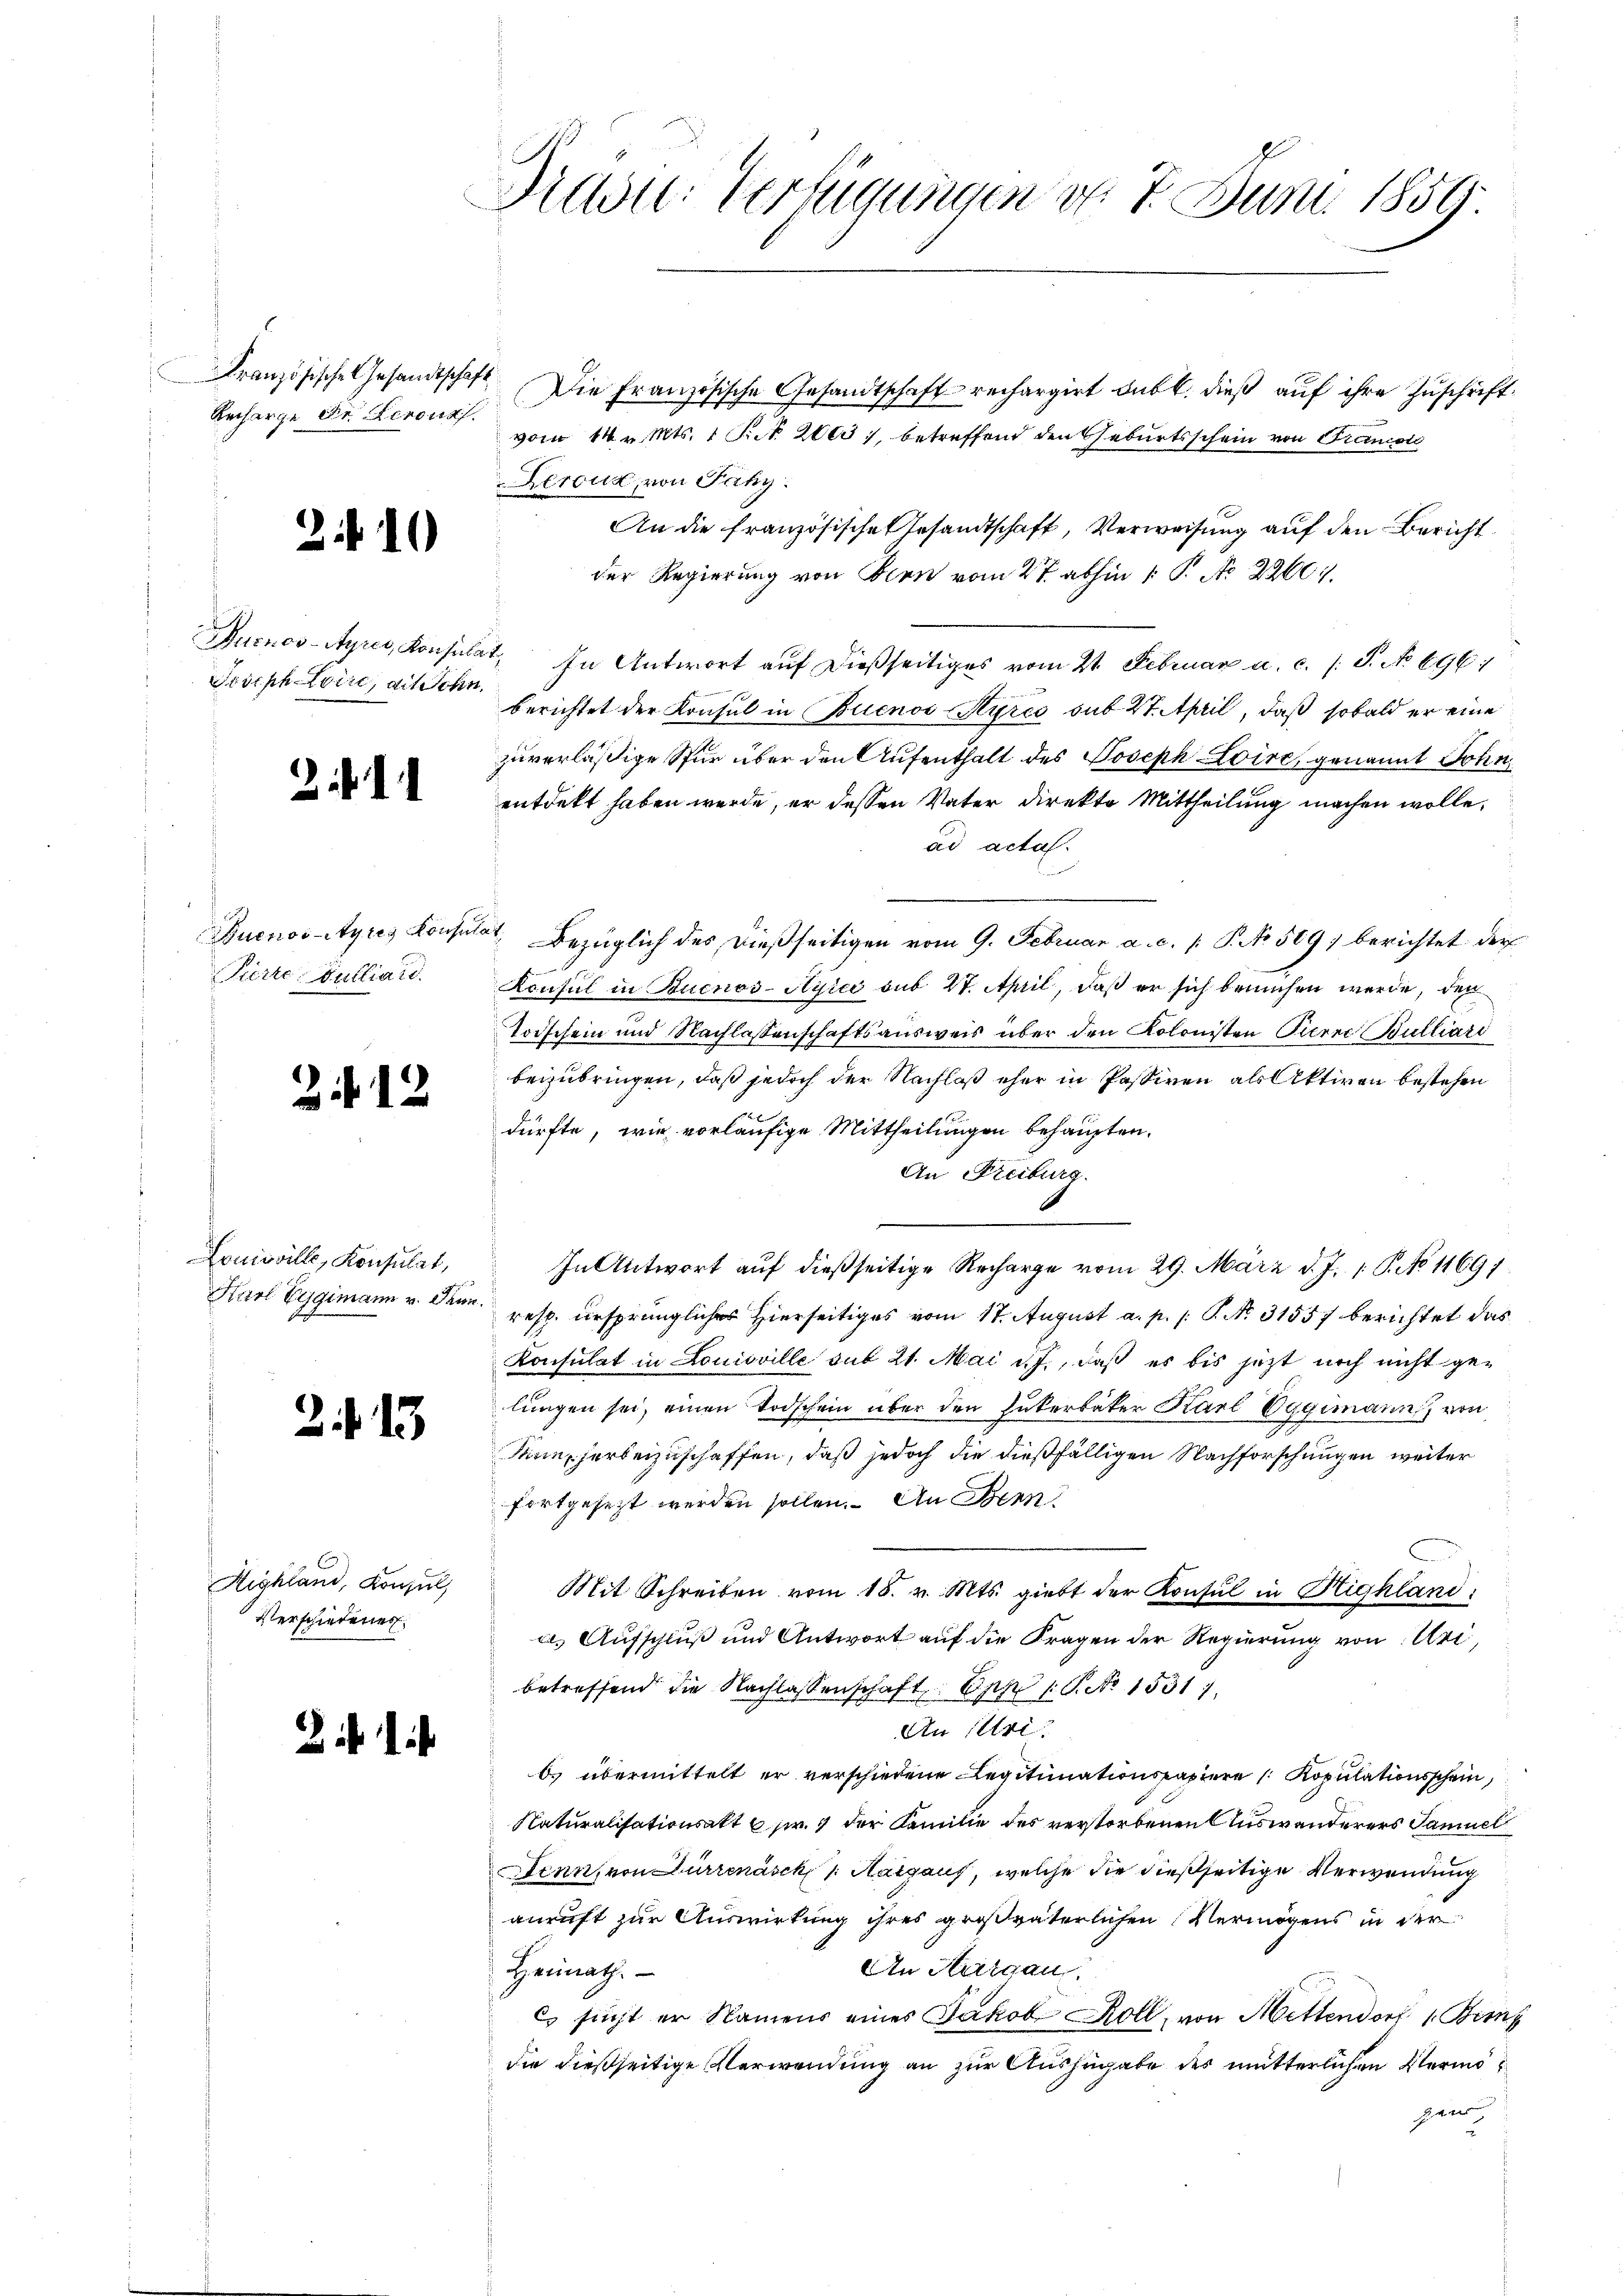
Französische Gesandtschaft
Recharge Dr. Leonz

2.10

Pritph-Loire, die Schn

11

Buenos-Ayres Konsin
Pierre-Dulliard

24. 12

Louisville, Konsulat,

2. f. 13

Highland, Konsul
Verschiedenes

Zif. 1

Dad: Verfügungen d. 7. Juni 1859.

Die Französische Gesandtschaftsrechargirt sub b. dieß auf ihre Zuschrift
vom 14. v. Mts. 1 Pr. 2063), betreffend den Geburtsschein von Firnion
Reroux, von Páhy.
An die französische Gesandtschaft, Verweisung auf den Bericht
der Regierung von Bern vom 27. abhin 1. P. Nr. 2260
Durnos-Ayres, Konsulat. In Antwort auf dießseitiges vom 21. Februar u. c. /: P. No 696)
berichtet der Konsul in Buenos-Ayres sub 27. April, daß sobald er eine
zuverläßige Stur über den Aufenthalt des Joseph Loire, genannt John
entdekt haben werde, er dessen Vater direkto Mittheilung machen wolle.
ad acta.
Tat. Bezüglich des dießseitigen vom 9. Februar a. c. /: P. No. 569) berichtet der
Konsul in Buenos-Ayres sub 27. April, daß er sich bemühen werde, den
Todschein und Nachlassenschaftsausweis über den Kolonisten Pierre Bulliari
beizubringen, daß jedoch der Nachlaß eher in Passiren als Aktiven bestehen
dürfte, wie vorläufige Mittheilungen behaupten.
An Freiburg.
In Antwort auf dießseitige Recharge vom 29. März d. J. 1 S. No 11691
Harl Eggimann u. dann resp. ursprünglicher hierseitiges vom 17. August a. p. /: P. No. 31557 berichtet das
Konsulat in Louisville sub 21. Mai d. J., daß es bis jetzt noch nicht gelungen sei, einen Todschein über den Zukerbäter Karl Oggimann von
Sie herbeizuschaffen, daß jedoch die dießfälligen Nachforschungen weiter
fortgesezt werden sollen. An Denn
Mit Schreiben vom 18. v. Mts. giebt der Konsul in Highland
a. Aufschluß und Antwort auf die Fragen der Regierung von Uri,
betreffend die Nachlassenschaft Epp 16. No 1531
An (Uri.
bs übermittelt er verschiedene Legitimationspapiere Kopulationsschein,
Naturalisationsakt 6 pr. 4 der Familie des verstorbenen Auswanderers Samuel
Denn, von Dürrenäsch 1. Margauf, welche die dießseitige Verwendung
anruft zur Auswirkung ihres großväterlichen Vermögens in der
An Thurgau.
Heimath.
cs sucht er Namens eines Jakob Roll, von Mittendorf 1. Beim
die dießseitige Verwendung an zur Auszugabe des mütterlichen Vermögen